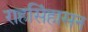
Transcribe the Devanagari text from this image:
राहसिंहासन